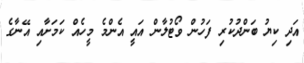
އަދި ކިޔު ބަންދުކުރި ފަހުން ވޯޓުލާން އައީ އެންމެ މީހެއް ކަމަށާއި އޭނާގެ